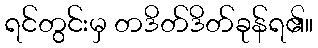
ရင်တွင်းမှ တဒိတ်ဒိတ်ခုန်ရ၏။